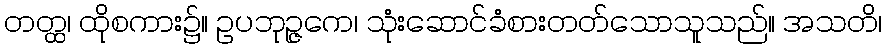
တတ္ထ၊ ထိုစကား၌။ ဥပဘုဉ္ဇကေ၊ သုံးဆောင်ခံစားတတ်သောသူသည်။ အသတိ၊